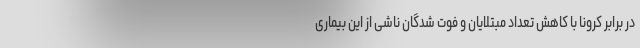
در برابر کرونا با کاهش تعداد مبتلایان و فوت شدگان ناشی از این بیماری